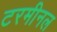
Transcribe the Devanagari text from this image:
टरमीनल